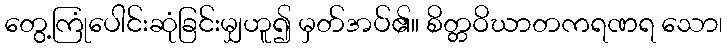
တွေ့ကြုံပေါင်းဆုံခြင်းမျှဟူ၍ မှတ်အပ်၏။ စိတ္တဝိဃာတကရဏရ သော၊